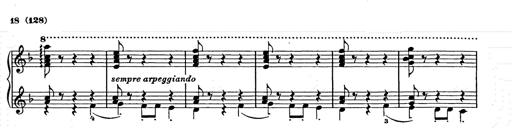
Title: Weihnachtsbaum
Composer: Franz Liszt